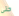
حتى